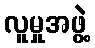
လူမှုအဖွဲ့